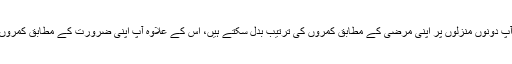
اِس منصوبے کو اِس طرح بنایا گیا ہے کہ آپ دونوں منزلوں پر اپنی مرضی کے مطابق کمروں کی ترتیب بدل سکتے ہیں، اِس کے علاوہ آپ اپنی ضرورت کے مطابق کمروں کا حجم اور تعداد بھی تبدیل کر سکتے ہیں۔